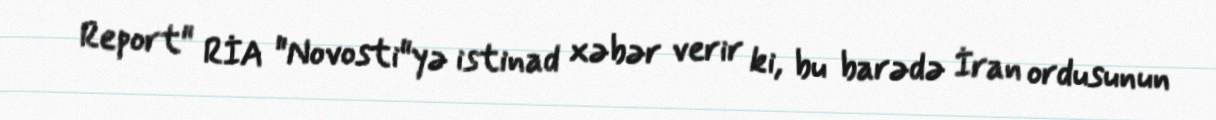
Report" RİA "Novosti"yə istinad xəbər verir ki, bu barədə İran ordusunun